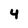
Character: 4